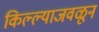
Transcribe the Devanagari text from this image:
किल्ल्याजवळून